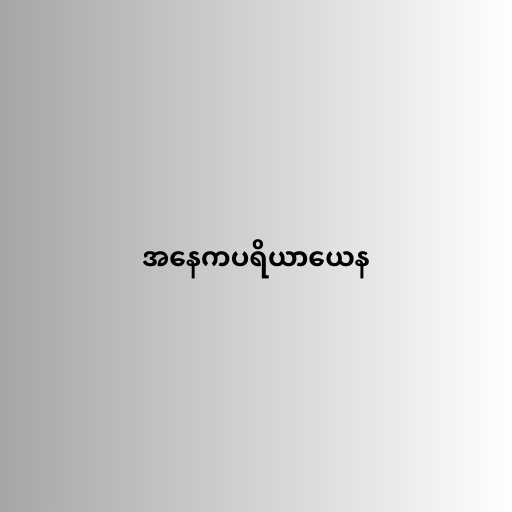
အနေကပရိယာယေန